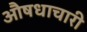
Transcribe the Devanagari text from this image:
औषधाचारी